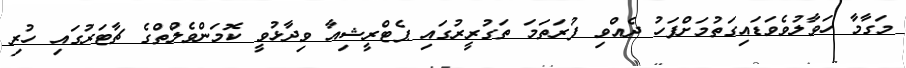
މަގާމާ ހަވާލުވެވަޑައިގަތުމަށްފަހު ދެއްވި ފުރަތަމަ ތަގުރީރުގައި ޕެޓްރީޝިއާ ވިދާޅުވީ ކޮމަންވެލްތްގެ ޗާޓަރުގައި ހުރި